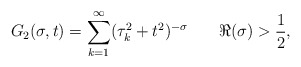
\begin{align*}G_{2}(\sigma,t)=\sum_{k=1}^{\infty}(\tau_{k}^{2}+t^{2})^{-\sigma}\,\,\,\,\,\,\,\,\,\,\, \Re(\sigma)>\frac{1}{2},\end{align*}